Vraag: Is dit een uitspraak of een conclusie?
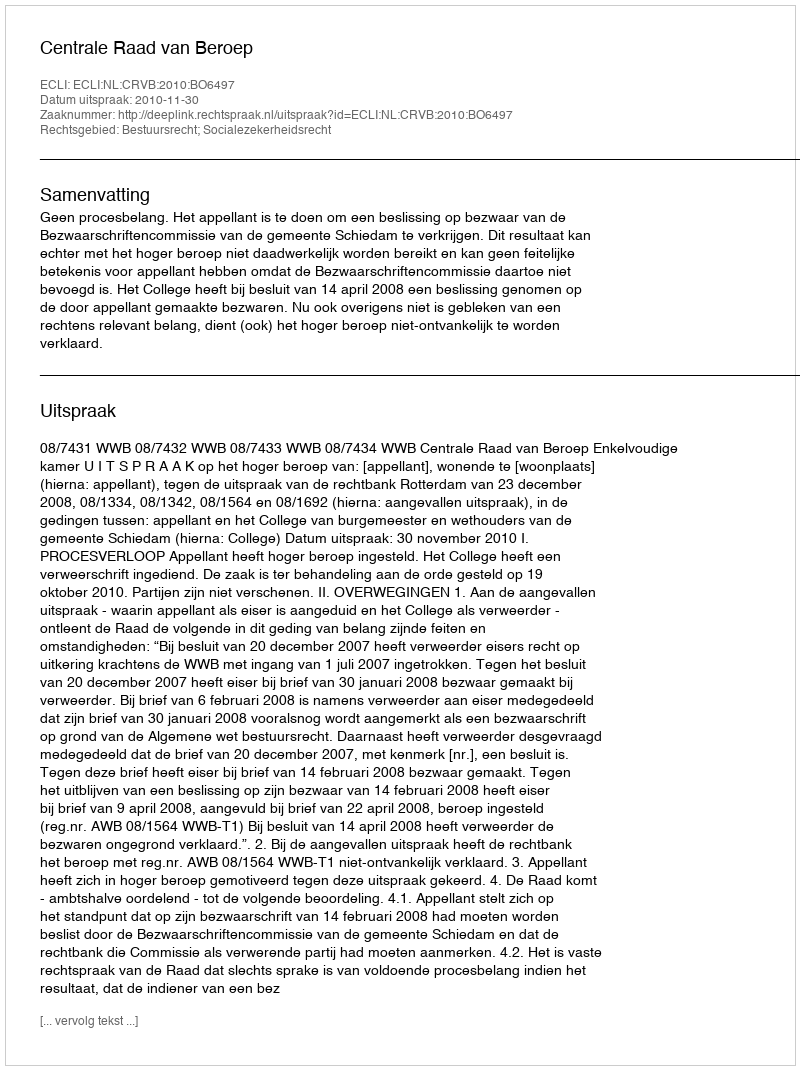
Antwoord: Uitspraak